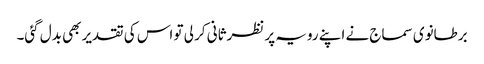
برطانوی سماج نے اپنے رویہ پر نظرثانی کر لی تو اس کی تقدیر بھی بدل گئی۔